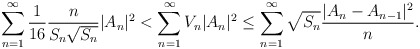
\begin{align*}{}\displaystyle \sum_{n=1}^{\infty}\frac{1}{16}\frac{n}{{S_n\sqrt{S_n}}}|A_{n}|^{2} & <\displaystyle\sum_{n=1}^{\infty}V_{n}|A_{n}|^{2}\leq\displaystyle \sum_{n=1}^{\infty}{\sqrt{S_n}}\frac{|A_{n}-A_{n-1}|^{2}}{n}.\end{align*}